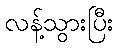
လန့်သွားပြီး